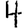
Digit: 4